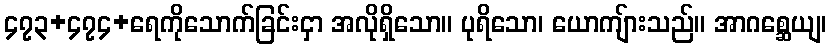
၄၇၃+၄၇၄+ရေကိုသောက်ခြင်းငှာ အလိုရှိသော။ ပုရိသော၊ ယောကျ်ားသည်။ အာဂစ္ဆေယျ၊